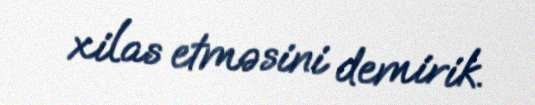
xilas etməsini demirik.